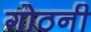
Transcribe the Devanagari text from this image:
गोठनी